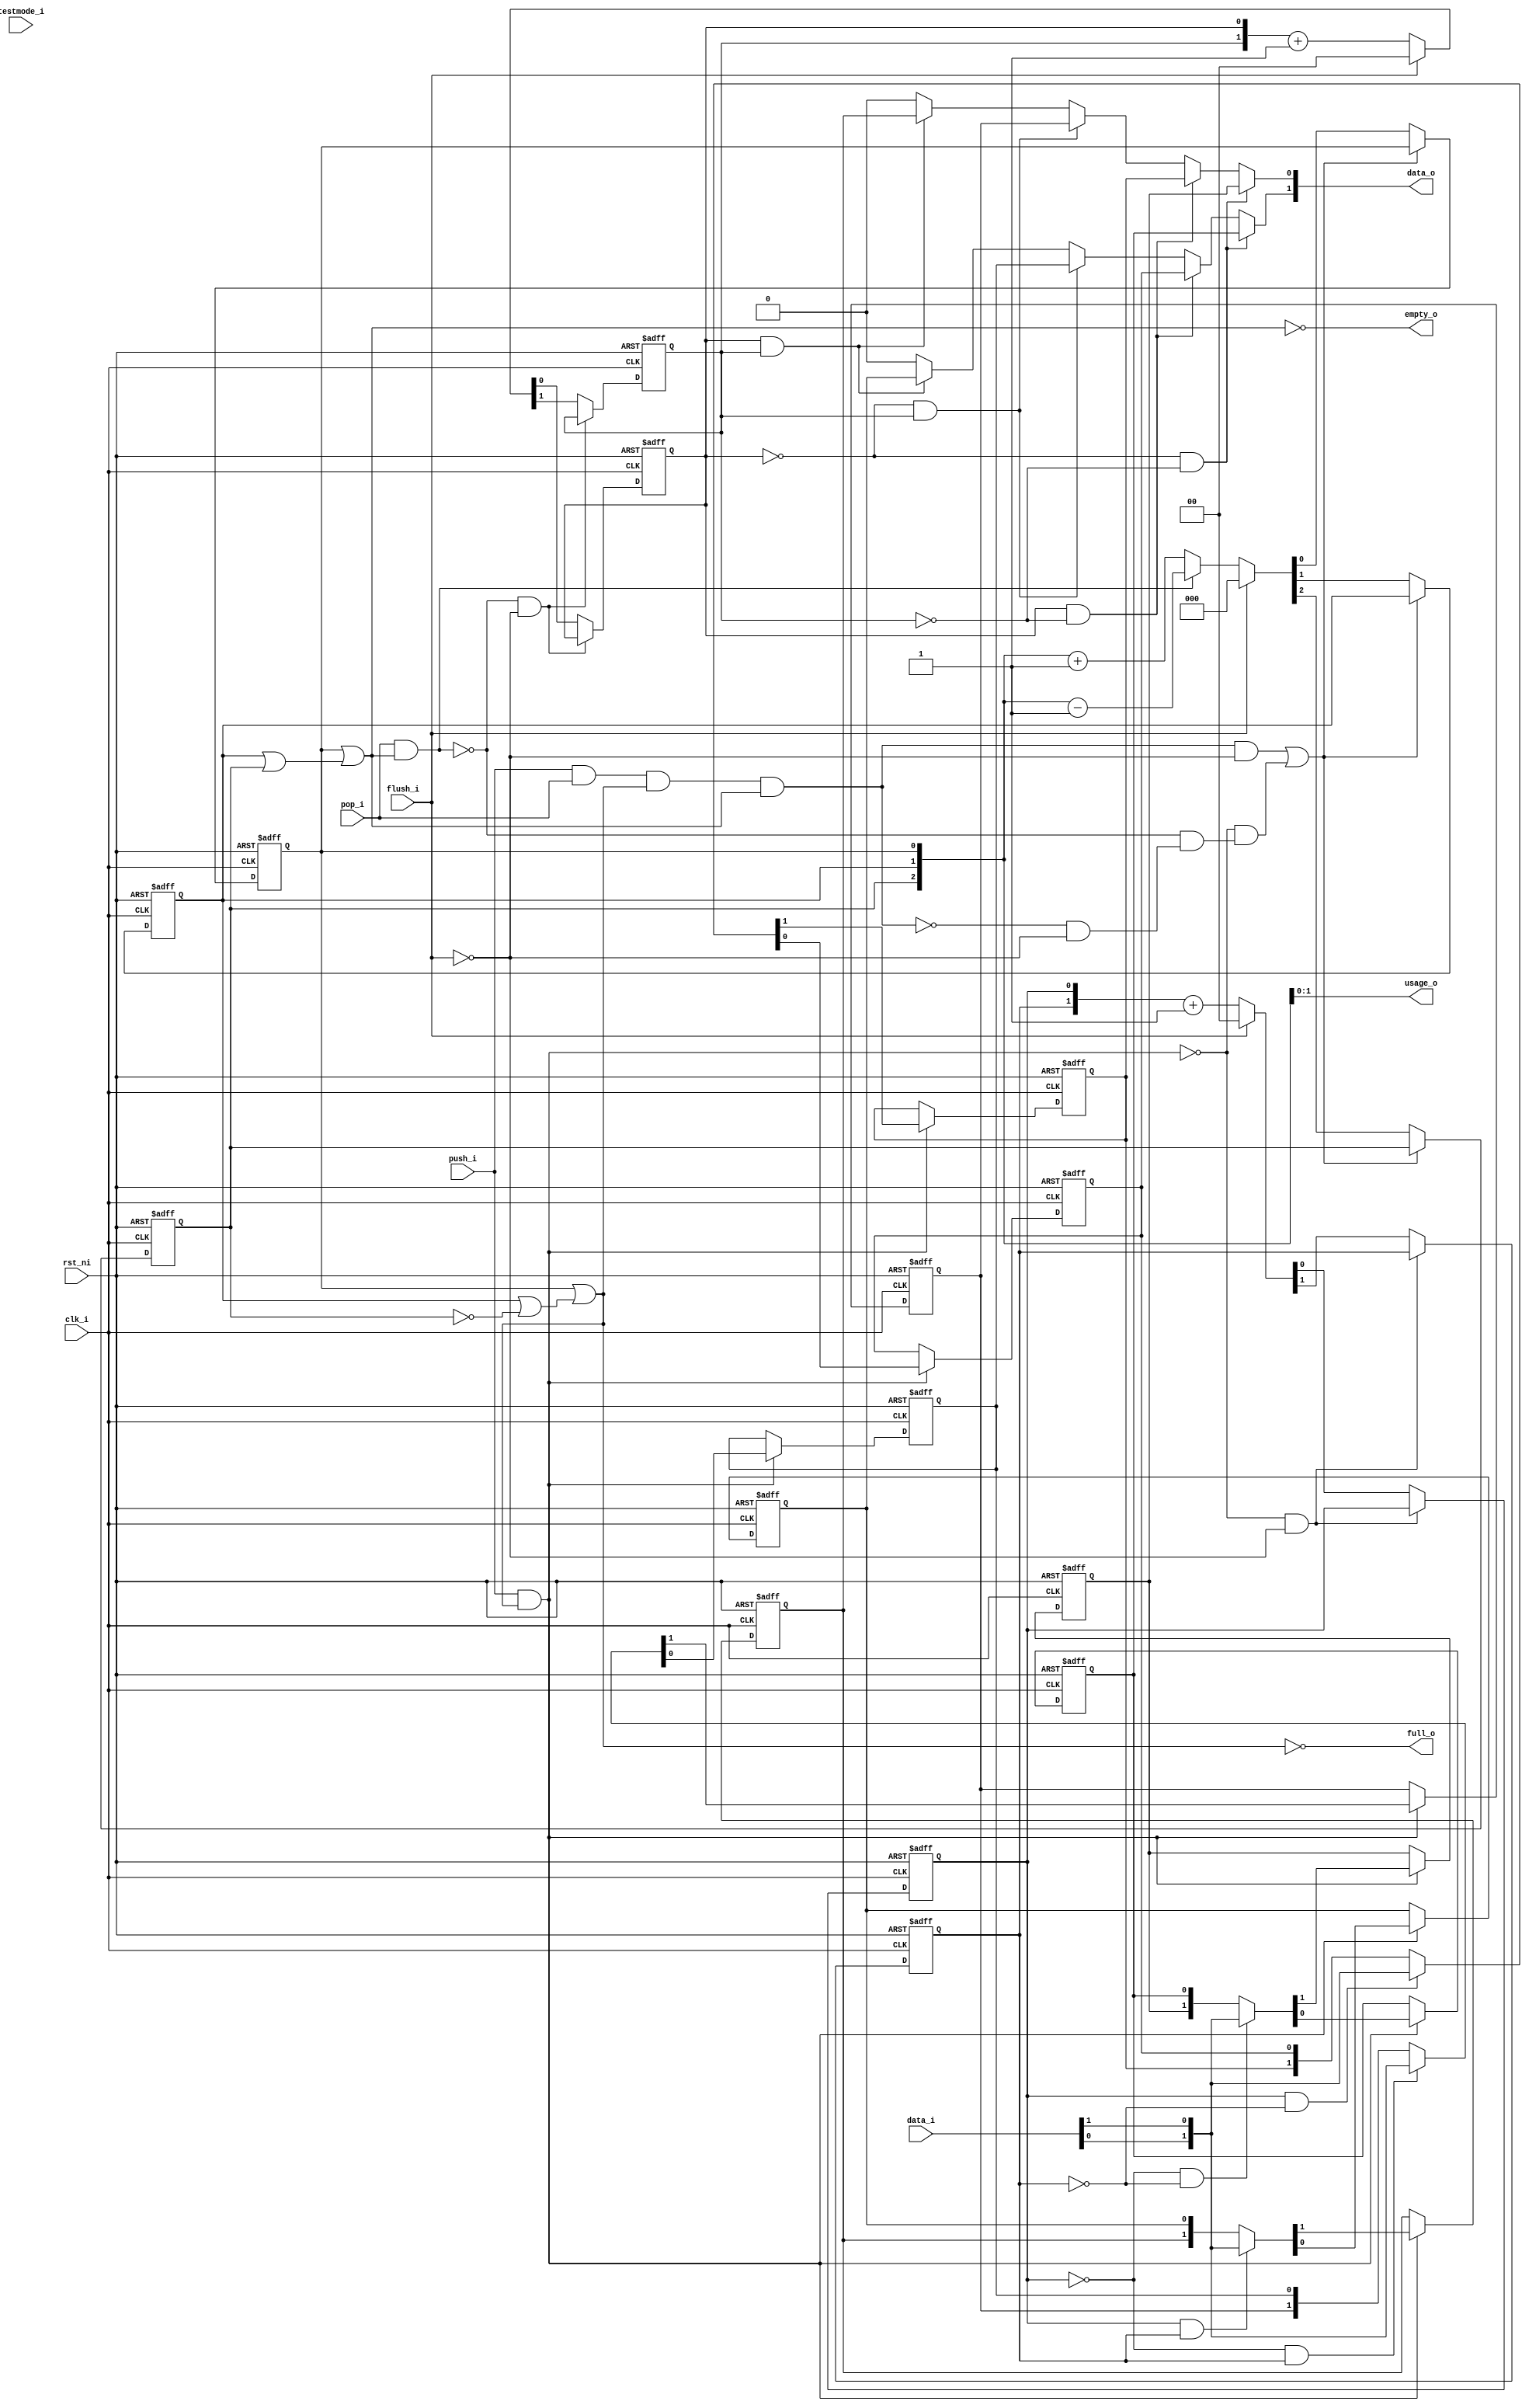
module fifo_v3_DATA_WIDTH2_DEPTH4
(
  clk_i,
  rst_ni,
  flush_i,
  testmode_i,
  full_o,
  empty_o,
  usage_o,
  data_i,
  push_i,
  data_o,
  pop_i
);

  output [1:0] usage_o;
  input [1:0] data_i;
  output [1:0] data_o;
  input clk_i;
  input rst_ni;
  input flush_i;
  input testmode_i;
  input push_i;
  input pop_i;
  output full_o;
  output empty_o;
  wire [1:0] data_o;
  wire full_o,empty_o,N0,N1,N2,N3,N4,N5,N6,N7,N8,N9,N10,N11,N12,N13,N14,N15,N16,N17,
  gate_clock,N18,N19,N20,N21,N22,N23,N24,N25,N26,N27,N28,N29,N30,N31,N32,N33,N34,N35,
  N36,N37,N38,N39,N40,N41,N42,N43,N44,N45,N46,N47,N48,N49,N50,N51,N52,N53,N54,N55,
  N56,N57,N58,N59,N60,N61,N62,N63,N64,N65,N66,N67,N68,N69,N70,N71,N72,N73,N74,N76,
  N77,N78,N80,N81;
  wire [7:0] mem_n;
  reg [2:2] status_cnt_q;
  reg [1:0] usage_o,read_pointer_q,write_pointer_q;
  reg [7:0] mem_q;
  assign data_o[1] = (N14)? mem_q[1] : 
                     (N16)? mem_q[3] : 
                     (N15)? mem_q[5] : 
                     (N17)? mem_q[7] : 1'b0;
  assign data_o[0] = (N14)? mem_q[0] : 
                     (N16)? mem_q[2] : 
                     (N15)? mem_q[4] : 
                     (N17)? mem_q[6] : 1'b0;

  always @(posedge clk_i or posedge N53) begin
    if(N53) begin
      status_cnt_q[2] <= 1'b0;
    end else if(N68) begin
      status_cnt_q[2] <= N61;
    end 
  end


  always @(posedge clk_i or posedge N53) begin
    if(N53) begin
      usage_o[1] <= 1'b0;
    end else if(N68) begin
      usage_o[1] <= N60;
    end 
  end


  always @(posedge clk_i or posedge N53) begin
    if(N53) begin
      usage_o[0] <= 1'b0;
    end else if(N68) begin
      usage_o[0] <= N59;
    end 
  end


  always @(posedge clk_i or posedge N53) begin
    if(N53) begin
      read_pointer_q[1] <= 1'b0;
    end else if(N70) begin
      read_pointer_q[1] <= N56;
    end 
  end


  always @(posedge clk_i or posedge N53) begin
    if(N53) begin
      read_pointer_q[0] <= 1'b0;
    end else if(N70) begin
      read_pointer_q[0] <= N55;
    end 
  end


  always @(posedge clk_i or posedge N53) begin
    if(N53) begin
      write_pointer_q[1] <= 1'b0;
    end else if(N72) begin
      write_pointer_q[1] <= N58;
    end 
  end


  always @(posedge clk_i or posedge N53) begin
    if(N53) begin
      write_pointer_q[0] <= 1'b0;
    end else if(N72) begin
      write_pointer_q[0] <= N57;
    end 
  end


  always @(posedge clk_i or posedge N53) begin
    if(N53) begin
      mem_q[7] <= 1'b0;
    end else if(N62) begin
      mem_q[7] <= mem_n[7];
    end 
  end


  always @(posedge clk_i or posedge N53) begin
    if(N53) begin
      mem_q[6] <= 1'b0;
    end else if(N62) begin
      mem_q[6] <= mem_n[6];
    end 
  end


  always @(posedge clk_i or posedge N53) begin
    if(N53) begin
      mem_q[5] <= 1'b0;
    end else if(N62) begin
      mem_q[5] <= mem_n[5];
    end 
  end


  always @(posedge clk_i or posedge N53) begin
    if(N53) begin
      mem_q[4] <= 1'b0;
    end else if(N62) begin
      mem_q[4] <= mem_n[4];
    end 
  end


  always @(posedge clk_i or posedge N53) begin
    if(N53) begin
      mem_q[3] <= 1'b0;
    end else if(N62) begin
      mem_q[3] <= mem_n[3];
    end 
  end


  always @(posedge clk_i or posedge N53) begin
    if(N53) begin
      mem_q[2] <= 1'b0;
    end else if(N62) begin
      mem_q[2] <= mem_n[2];
    end 
  end


  always @(posedge clk_i or posedge N53) begin
    if(N53) begin
      mem_q[1] <= 1'b0;
    end else if(N62) begin
      mem_q[1] <= mem_n[1];
    end 
  end


  always @(posedge clk_i or posedge N53) begin
    if(N53) begin
      mem_q[0] <= 1'b0;
    end else if(N62) begin
      mem_q[0] <= mem_n[0];
    end 
  end

  assign N73 = usage_o[1] | status_cnt_q[2];
  assign N74 = usage_o[0] | N73;
  assign empty_o = ~N74;
  assign N76 = ~status_cnt_q[2];
  assign N77 = usage_o[1] | N76;
  assign N78 = usage_o[0] | N77;
  assign full_o = ~N78;
  assign { N44, N43 } = read_pointer_q + 1'b1;
  assign { N47, N46, N45 } = { status_cnt_q[2:2], usage_o } - 1'b1;
  assign { N37, N36 } = write_pointer_q + 1'b1;
  assign { N40, N39, N38 } = { status_cnt_q[2:2], usage_o } + 1'b1;
  assign N23 = write_pointer_q[0] & write_pointer_q[1];
  assign N22 = N0 & write_pointer_q[1];
  assign N0 = ~write_pointer_q[0];
  assign N21 = write_pointer_q[0] & N1;
  assign N1 = ~write_pointer_q[1];
  assign N20 = N2 & N3;
  assign N2 = ~write_pointer_q[0];
  assign N3 = ~write_pointer_q[1];
  assign { N26, N25 } = (N4)? { data_i[0:0], data_i[1:1] } : 
                        (N24)? { mem_q[0:0], mem_q[1:1] } : 1'b0;
  assign N4 = N20;
  assign { N29, N28 } = (N5)? { data_i[0:0], data_i[1:1] } : 
                        (N27)? { mem_q[2:2], mem_q[3:3] } : 1'b0;
  assign N5 = N21;
  assign { N32, N31 } = (N6)? { data_i[0:0], data_i[1:1] } : 
                        (N30)? { mem_q[4:4], mem_q[5:5] } : 1'b0;
  assign N6 = N22;
  assign { N35, N34 } = (N7)? { data_i[0:0], data_i[1:1] } : 
                        (N33)? { mem_q[6:6], mem_q[7:7] } : 1'b0;
  assign N7 = N23;
  assign mem_n = (N8)? { N34, N35, N31, N32, N28, N29, N25, N26 } : 
                 (N19)? mem_q : 1'b0;
  assign N8 = N18;
  assign gate_clock = ~N18;
  assign { N50, N49, N48 } = (N9)? { N47, N46, N45 } : 
                             (N42)? { N40, N39, N38 } : 1'b0;
  assign N9 = N41;
  assign { N56, N55 } = (N10)? { 1'b0, 1'b0 } : 
                        (N11)? { N44, N43 } : 1'b0;
  assign N10 = flush_i;
  assign N11 = N54;
  assign { N58, N57 } = (N10)? { 1'b0, 1'b0 } : 
                        (N11)? { N37, N36 } : 1'b0;
  assign { N61, N60, N59 } = (N10)? { 1'b0, 1'b0, 1'b0 } : 
                             (N11)? { N50, N49, N48 } : 1'b0;
  assign N12 = ~read_pointer_q[0];
  assign N13 = ~read_pointer_q[1];
  assign N14 = N12 & N13;
  assign N15 = N12 & read_pointer_q[1];
  assign N16 = read_pointer_q[0] & N13;
  assign N17 = read_pointer_q[0] & read_pointer_q[1];
  assign N18 = push_i & N78;
  assign N19 = ~N18;
  assign N24 = ~N20;
  assign N27 = ~N21;
  assign N30 = ~N22;
  assign N33 = ~N23;
  assign N41 = pop_i & N74;
  assign N42 = ~N41;
  assign N51 = N81 & N74;
  assign N81 = N80 & N78;
  assign N80 = push_i & pop_i;
  assign N52 = ~N51;
  assign N53 = ~rst_ni;
  assign N54 = ~flush_i;
  assign N62 = ~gate_clock;
  assign N63 = N51 & N54;
  assign N64 = N52 & N54;
  assign N65 = N42 & N64;
  assign N66 = N19 & N65;
  assign N67 = N63 | N66;
  assign N68 = ~N67;
  assign N69 = N42 & N54;
  assign N70 = ~N69;
  assign N71 = N19 & N54;
  assign N72 = ~N71;

endmodule